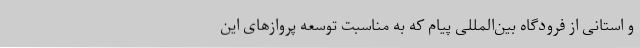
و استانی از فرودگاه بین‌المللی پیام که به مناسبت توسعه پروازهای این